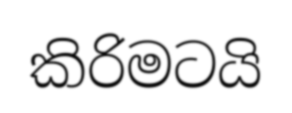
කිරිමටයි